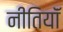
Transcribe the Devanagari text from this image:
नीतियॉं